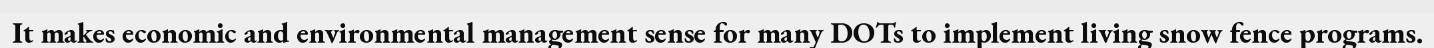
It makes economic and environmental management sense for many DOTs to implement living snow fence programs.